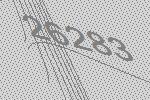
26283